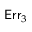
\mathsf { E r r } _ { 3 }